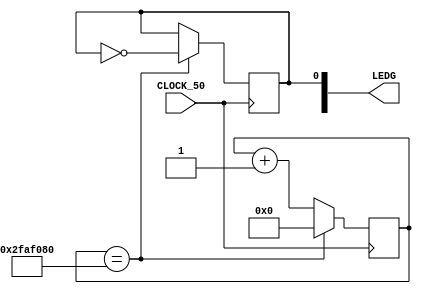

// Trabalho 2 Rodrigo Almeida Costa


module Pisca(
	input CLOCK_50,
	output [1:0] LEDG
	);

	reg estado =0;
	reg [32:0]cont = 0;

   	assign LEDG[0] = estado;

	always @(posedge CLOCK_50) begin
		if (cont == 50000000) begin		
	      		estado = ~estado;
       	    		cont = 0;
	   	end 
	   	else begin
        		cont <= cont + 1;
	   	end
	end
endmodule